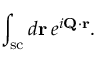
\int _ { \mathrm { s c } } d \mathbf r \, e ^ { i \mathbf Q \cdot \mathbf r } .